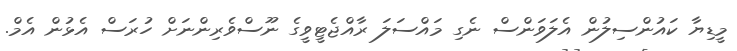
މީޑިޔާ ކައުންސިލުން އެލަވަންސް ނެގި މައްސަލަ ރާއްޖެޓީވީގެ ނޫސްވެރިންނަށް ހުރަސް އެޅުން އެމް.